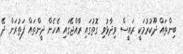
ބިންތައް ދޫކުރުމަކީ ރައީސް ވިދާޅުވި ގޮތުގައި ރާއްޖޭގައި އެހެން ދީންތައް ފަތުރަން ދޭ